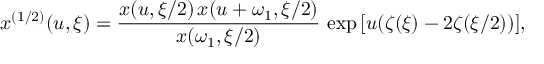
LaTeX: x ^ { ( 1 / 2 ) } ( u , \xi ) = { \frac { x ( u , \xi / 2 ) \, x ( u + \omega _ { 1 } , \xi / 2 ) } { x ( \omega _ { 1 } , \xi / 2 ) } } \, \exp { [ u ( \zeta ( \xi ) - 2 \zeta ( \xi / 2 ) ) ] } ,